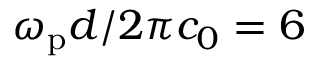
\omega _ { \mathrm { p } } d / 2 \pi c _ { 0 } = 6